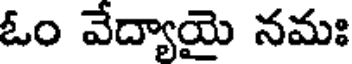
ఓం వేద్యాయై నమః